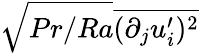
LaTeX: \sqrt{Pr/Ra}\overline{{(\partial_{j}u_{i}^{\prime})^{2}}}